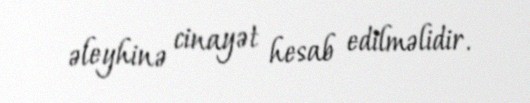
əleyhinə cinayət hesab edilməlidir.